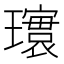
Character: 𪼨